Annual report of the Civil Veterinary Department, Bengal, and of the Bengal Veterinary College for the year 1903-1904 - 1903-1904
Year: 1903
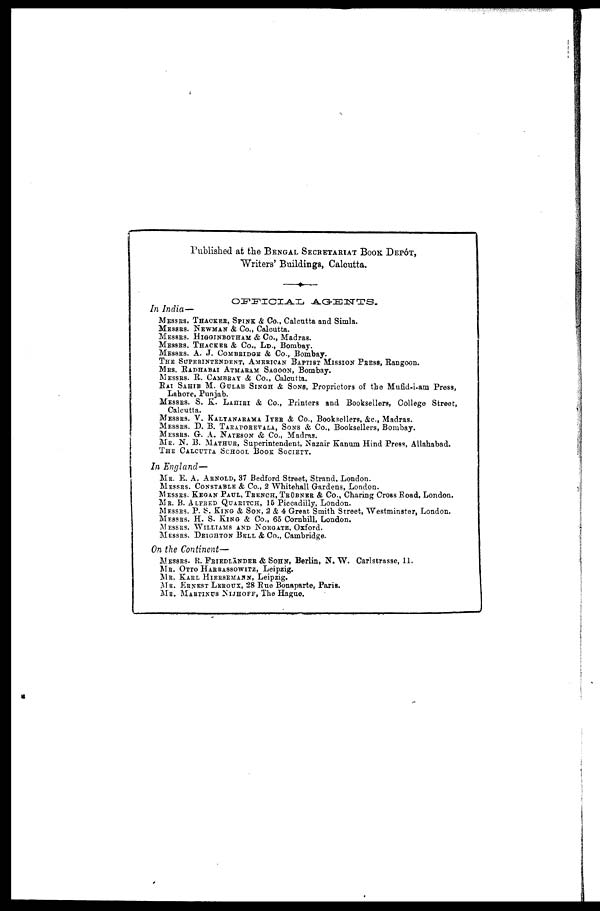
Published at the BENGAL SECRETARIAT BOOK DEPÔT,
Writers' Buildings, Calcutta.
OFFICIAL
AGENTS.
In India—
MESSERS THACKER, SPINK & Co., Calcutta and Simla.
MESSERS NEWMAN & Co., Calcutta.
MESSERS HIGGINBOTHAM & Co., Madras.
MESSERS THACKER & Co., LD., Bombay.
MESSERS A. J. COMBRIDGE & Co., Bombay.
THE SUPERINTENDENT, AMERICAN BAPTIST MISSION PRESS, Rangoon.
MRS. RADHABAI ATMARAM SAGOON, Bombay.
MESSERS R. CAMBRAY & Co., Calcutta.
RAI SAHIB M. GULAB SINGH & SONS,
Proprietors of the Mufid-i-am Press,
Lahore, Punjab.
MESSERS S. K. LAHIRI & Co., Printers and Booksellers, College Street,
Calcutta.
MESSERS V. KALYANARAMA IYER & Co., Booksellers, &c., Madras.
MESSERS D. B. TARAPOREVALA, SONS & Co., Booksellers, Bombay.
MESSERS G. A. NATESON & Co., Madras.
MR. N. B. MATHUR, Superintendent, Nazair Kanum Hind Press, Allahabad.
THE CALCUTTA SCHOOL BOOK SOCIETY.B
In England—
MR. E. A. ARNOLD,
37 Bedford Street, Strand, London.
MESSERS CONSTABLE & Co., 2 Whitehall Gardens, London.
MESSERS KEGAN PAUL, TEENCH, TEÜBNER & Co., Charing Cross Road, London.
MR. B. ALFRED QUARITCH, 15 Piccadilly, London.
MESSERS P. S. KING & SON, 2 & 4 Great Smith Street, Westminster, London.
MESSERS H. S. KING & Co., 65 Cornhill, London.
MESSERS WILLIAMS AND NORGATE, Oxford.
MESSERS DEIGHTON BELL & Co., Cambridge.
On the Continent—
MESSERS R. FRIEDLÄNDER & SOHN, Berlin, N. W. Carlstrasse, 11.
MR. OTTO HARRASSOWITZ, Leipzig.
MR. KARL HIERSEMANN, Leipzig.
MR. ERNEST LEROUX, 28 Rue Bonaparte, Paris.
MR. MARTINUS NIJHOFF,
The Hague.